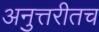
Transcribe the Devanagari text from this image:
अनुत्तरीतच